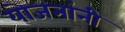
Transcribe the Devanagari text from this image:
योजनांनी